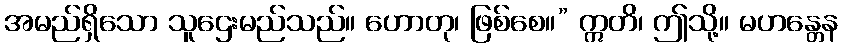
အမည်ရှိသော သူဌေးမည်သည်။ ဟောတု၊ ဖြစ်စေ။” ဣတိ၊ ဤသို့။ မဟန္တေန